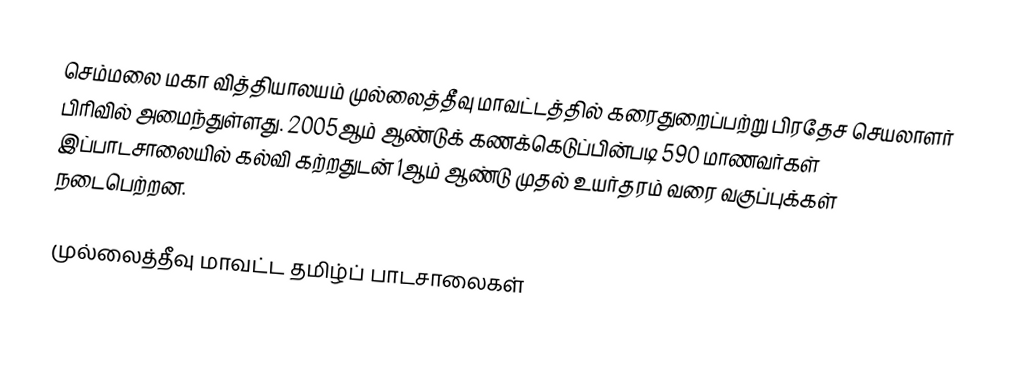
செம்மலை மகா வித்தியாலயம் முல்லைத்தீவு மாவட்டத்தில் கரைதுறைப்பற்று பிரதேச செயலாளர் பிரிவில் அமைந்துள்ளது. 2005ஆம் ஆண்டுக் கணக்கெடுப்பின்படி 590 மாணவர்கள் இப்பாடசாலையில் கல்வி கற்றதுடன் 1ஆம் ஆண்டு முதல் உயர்தரம் வரை வகுப்புக்கள் நடைபெற்றன.

முல்லைத்தீவு மாவட்ட தமிழ்ப் பாடசாலைகள்